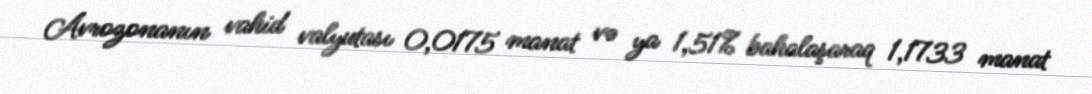
Avrozonanın vahid valyutası 0,0175 manat və ya 1,51% bahalaşaraq 1,1733 manat